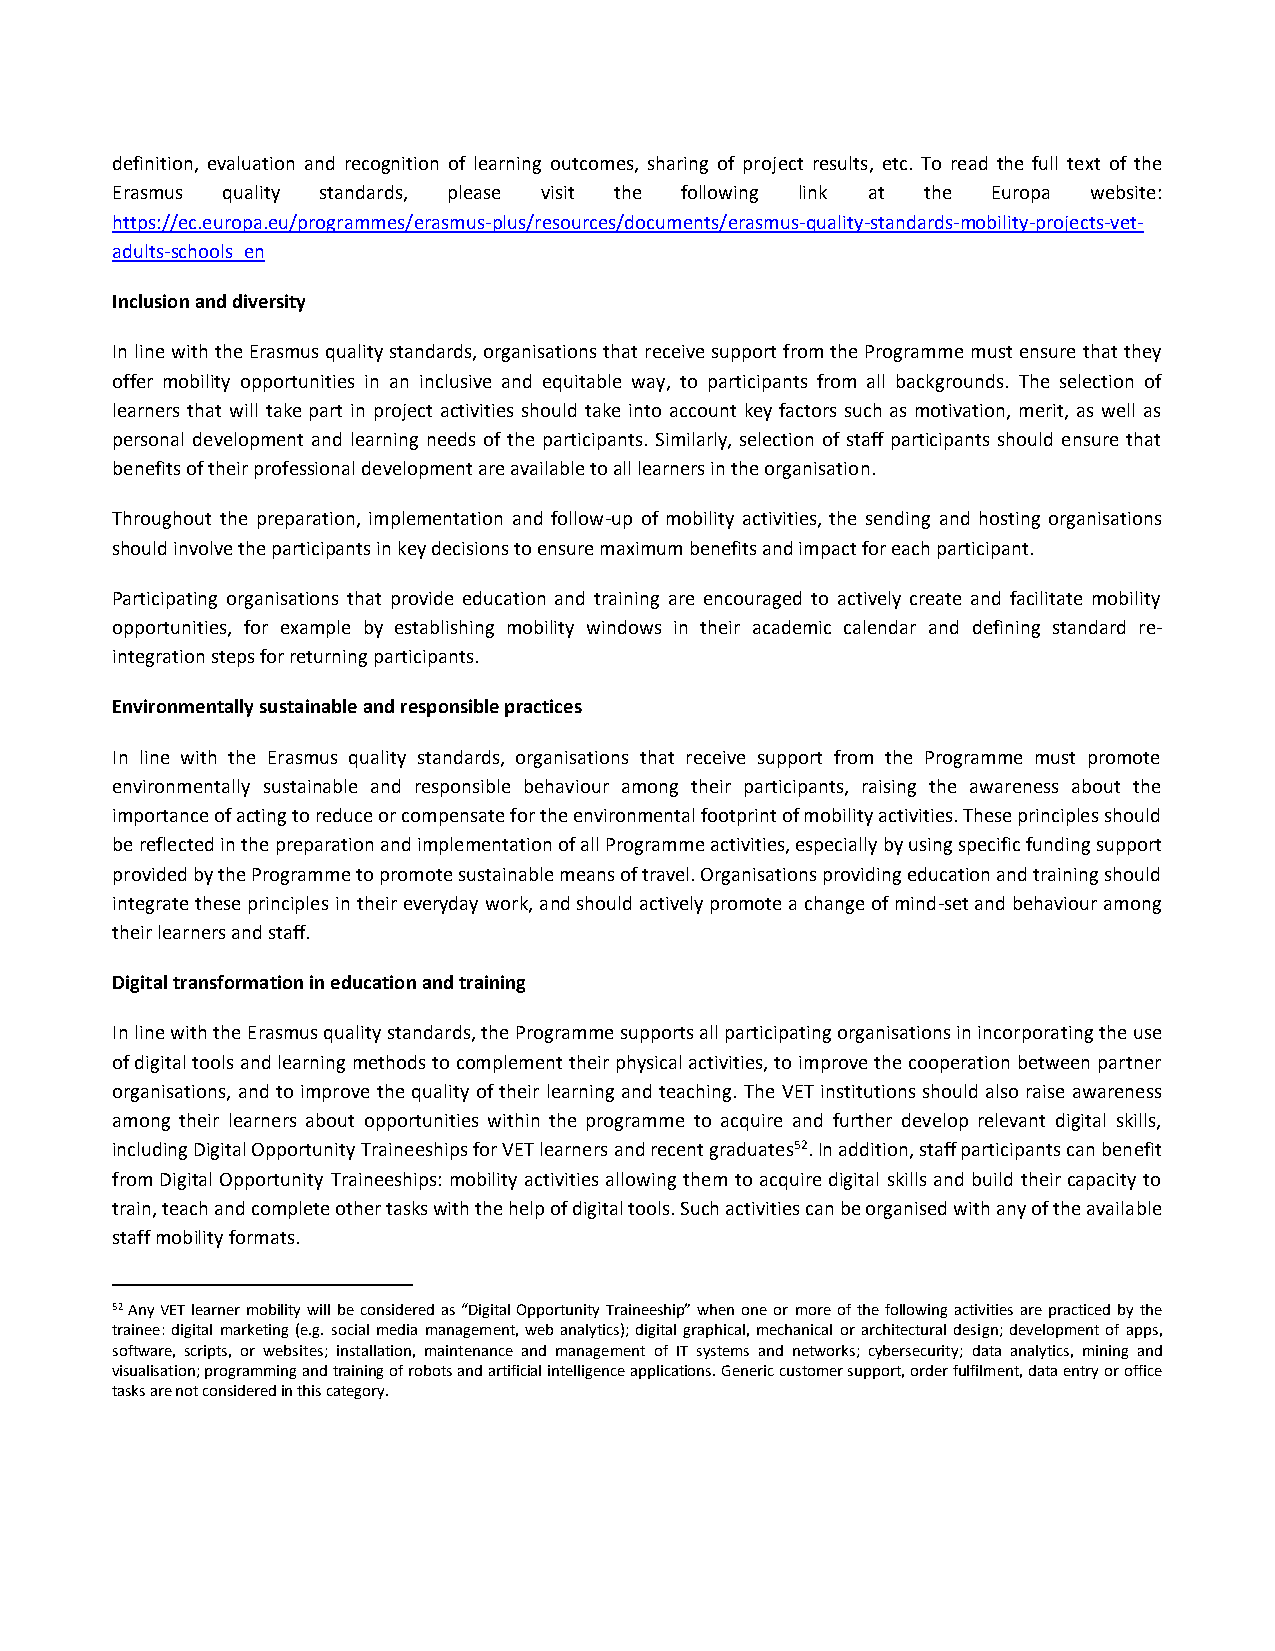
definition, evaluation and recognition of learning outcomes, sharing of project results, etc. To read the full text of the
 Erasmus quality standards, please visit the following link at the Europa website:
 https://ec.europa.eu/programmes/erasmus-plus/resources/documents/erasmus-quality-standards-mobility-projects-vet-
 adults-schools_en
 Inclusion and diversity
 In line with the Erasmus quality standards, organisations that receive support from the Programme must ensure that they
 offer mobility opportunities in an inclusive and equitable way, to participants from all backgrounds. The selection of
 learners that will take part in project activities should take into account key factors such as motivation, merit, as well as
 personal development and learning needs of the participants. Similarly, selection of staff participants should ensure that
 benefits of their professional development are available to all learners in the organisation.
 Throughout the preparation, implementation and follow-up of mobility activities, the sending and hosting organisations
 should involve the participants in key decisions to ensure maximum benefits and impact for each participant.
 Participating organisations that provide education and training are encouraged to actively create and facilitate mobility
 opportunities, for example by establishing mobility windows in their academic calendar and defining standard re-
 integration steps for returning participants.
 Environmentally sustainable and responsible practices
 In line with the Erasmus quality standards, organisations that receive support from the Programme must promote
 environmentally sustainable and responsible behaviour among their participants, raising the awareness about the
 importance of acting to reduce or compensate for the environmental footprint of mobility activities. These principles should
 be reflected in the preparation and implementation of all Programme activities, especially by using specific funding support
 provided by the Programme to promote sustainable means of travel. Organisations providing education and training should
 integrate these principles in their everyday work, and should actively promote a change of mind-set and behaviour among
 their learners and staff.
 Digital transformation in education and training
 In line with the Erasmus quality standards, the Programme supports all participating organisations in incorporating the use
 of digital tools and learning methods to complement their physical activities, to improve the cooperation between partner
 organisations, and to improve the quality of their learning and teaching. The VET institutions should also raise awareness
 among their learners about opportunities within the programme to acquire and further develop relevant digital skills,
 including Digital Opportunity Traineeships for VET learners and recent graduates52. In addition, staff participants can benefit
 from Digital Opportunity Traineeships: mobility activities allowing them to acquire digital skills and build their capacity to
 train, teach and complete other tasks with the help of digital tools. Such activities can be organised with any of the available
 staff mobility formats.
 52 Any VET learner mobility will be considered as “Digital Opportunity Traineeship” when one or more of the following activities are practiced by the
 trainee: digital marketing (e.g. social media management, web analytics); digital graphical, mechanical or architectural design; development of apps,
 software, scripts, or websites; installation, maintenance and management of IT systems and networks; cybersecurity; data analytics, mining and
 visualisation; programming and training of robots and artificial intelligence applications. Generic customer support, order fulfilment, data entry or office
 tasks are not considered in this category.